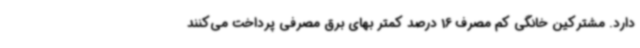
دارد. مشترکین خانگی کم مصرف 16 درصد کمتر بهای برق مصرفی پرداخت می‌کنند